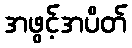
အဖွင့်အပိတ်